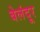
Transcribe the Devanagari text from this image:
बेलंदूर